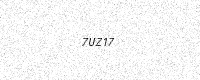
Text: 7UZ17